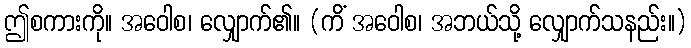
ဤစကားကို။ အဝေါစ၊ လျှောက်၏။ (ကိံ အဝေါစ၊ အဘယ်သို့ လျှောက်သနည်း။)